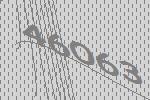
46063